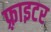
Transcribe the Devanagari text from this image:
फ़्राइटर